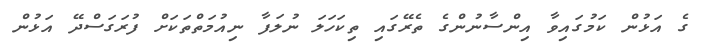
ގެ އަޅުން ކަމުގައިވާ އިންސާނުންގެ ތެރޭގައި ތިކަހަލަ ނުލަފާ ނިއުމަތްތަކަށް ފުރަގަސްދޭ އަޅުން